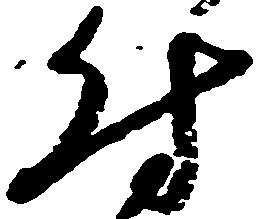
付